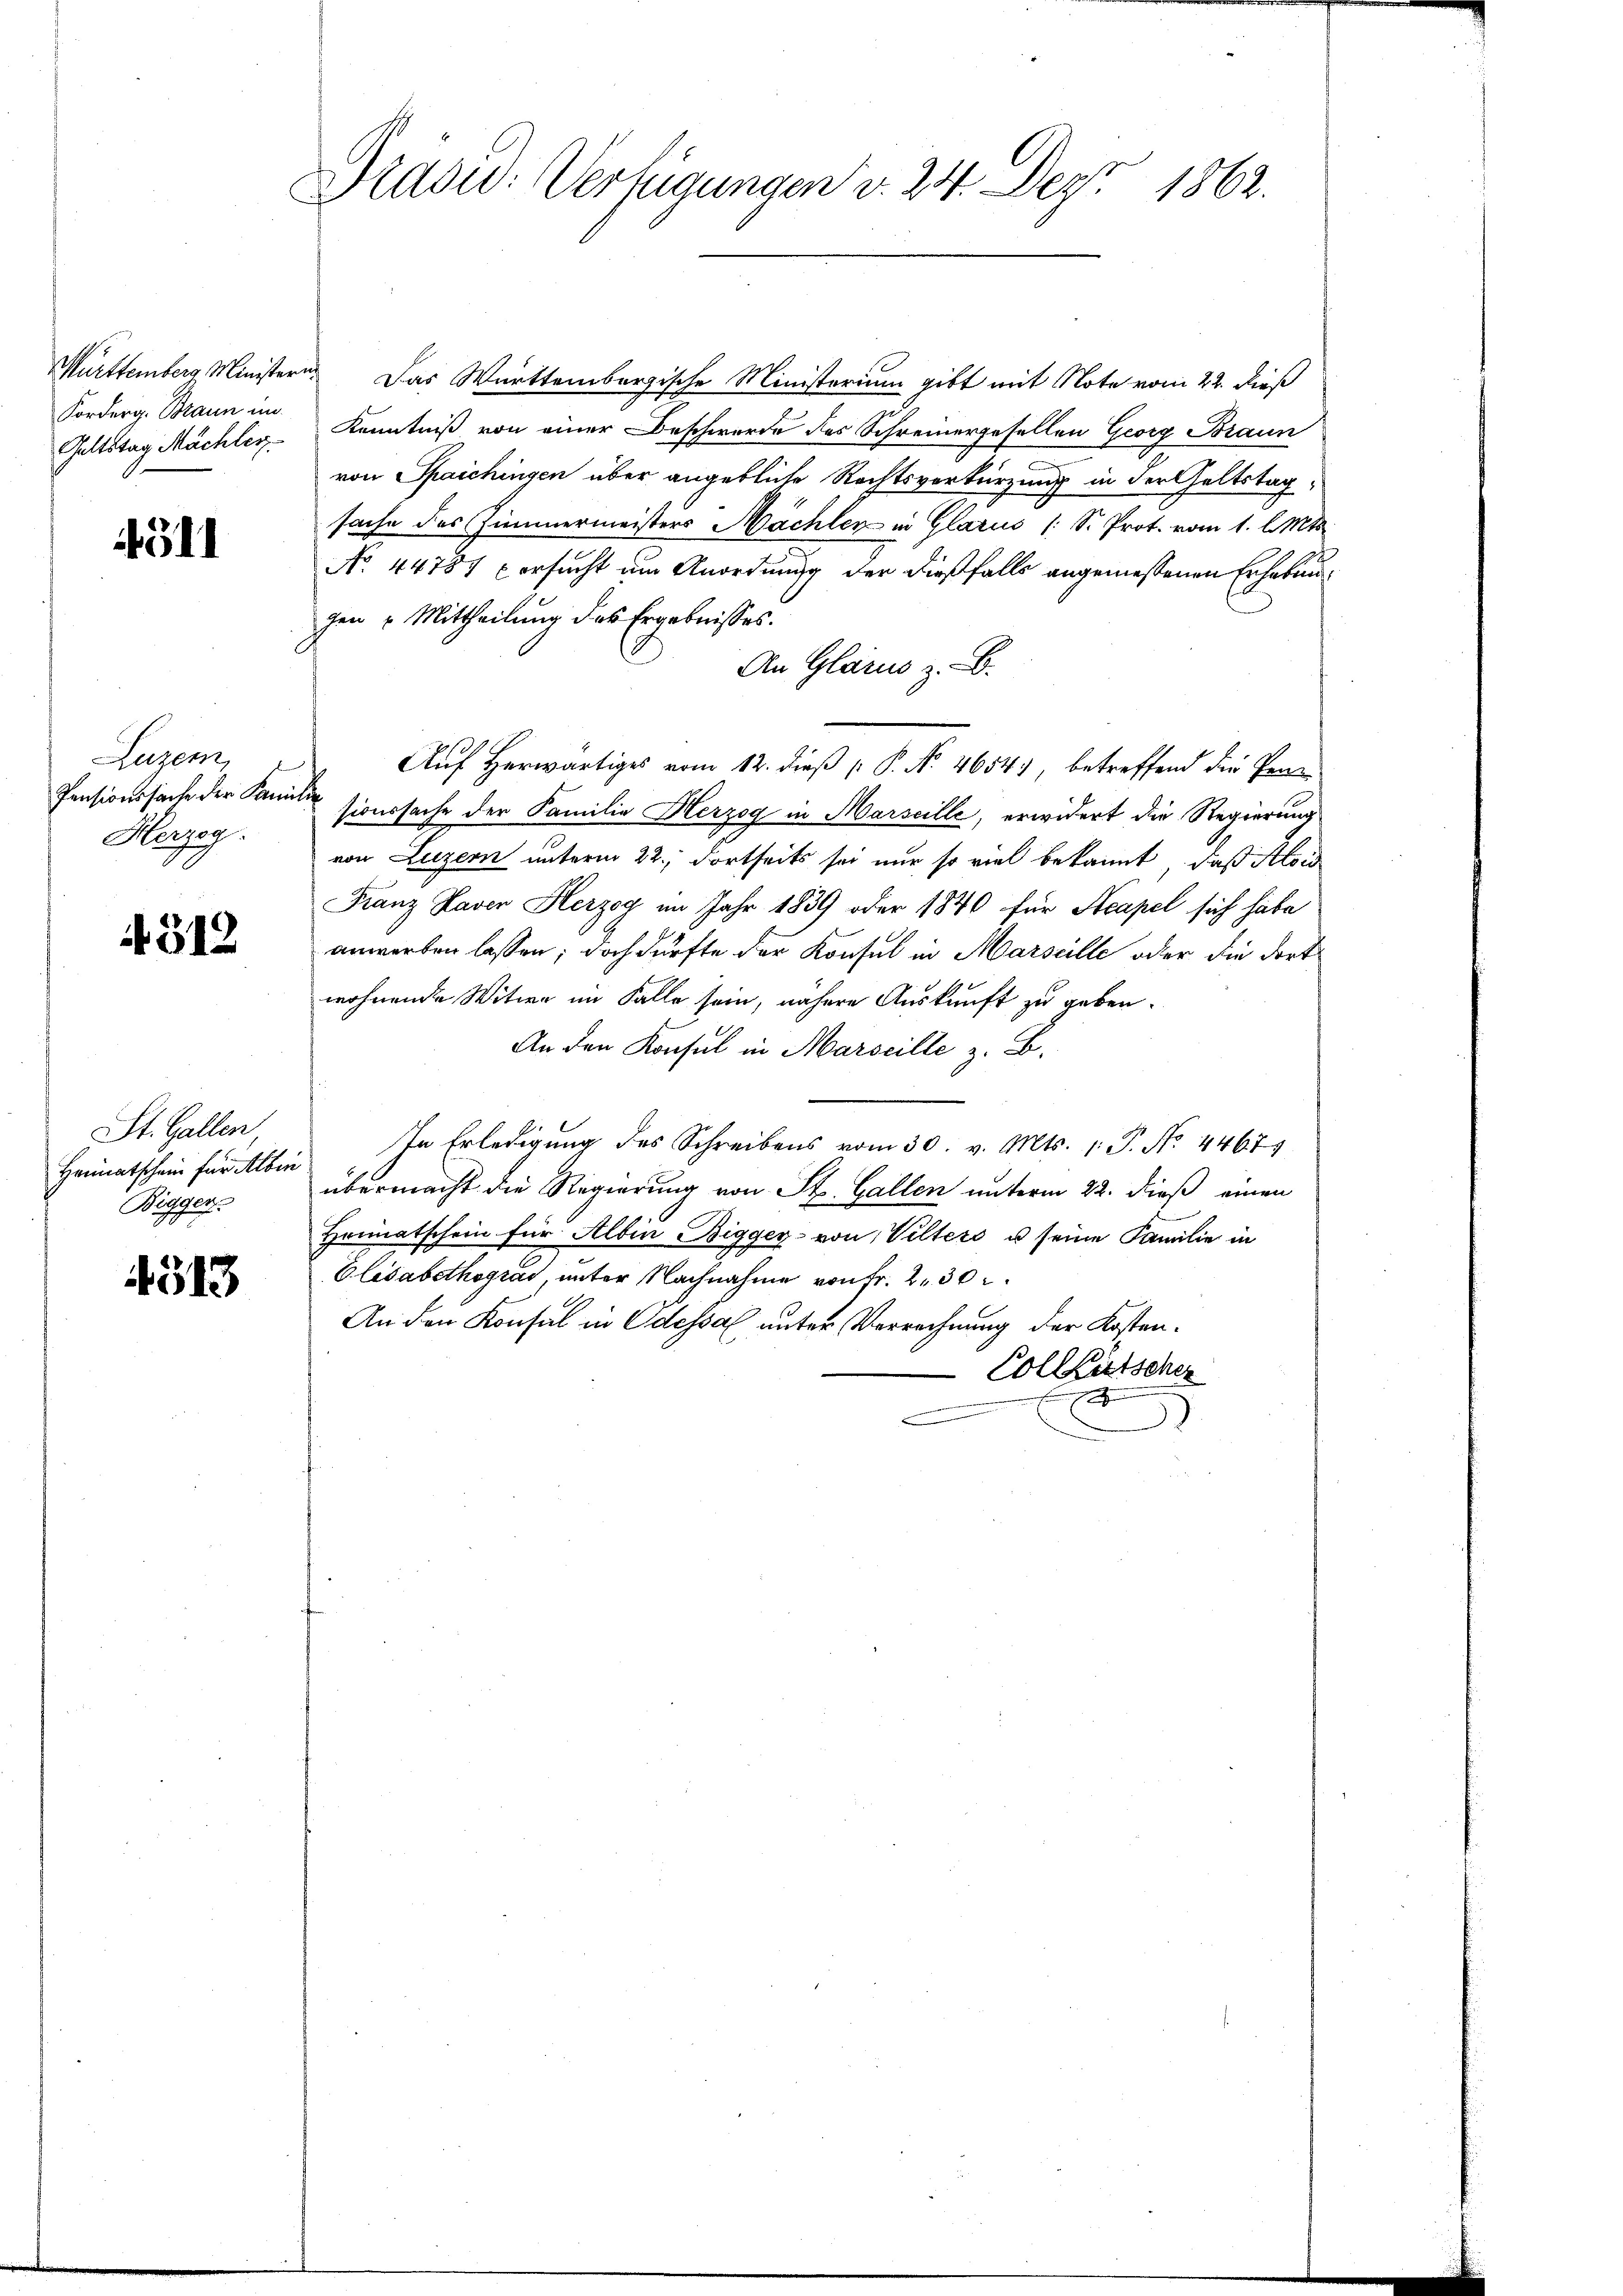
Galtstag Mächles

4311

Luzern,
Herzog.

312

St. Gallen,
Heimatschein für Albin
Bigger.

4313

Dradu: Verfügungen d. 24. Dez. 1862.

Mürttemberg Ministern. Das Württembergische Ministerium gibt mit Note vom 22. dieß
Forderg. Braun im Kenntniß von einer Beschwerde des Schreinergesellen Georg Braun
von Spaichingen über angebliche Rechtsverkürzung in der Geltstag,
sache des Zimmermeisters Mächler in Glarus (: S. Prot. vom 1. l. Mts.
No 44787 ersucht um Anordnung der dießfalls angemessenen Erhebun
gen u. Mittheilung des Ergebnisses.
An Glarus z. B.
Auf herwärtiges vom 12. dieß P. No. 4654), betreffend die Per
Pensionssache der Familie sicursache der Familie Herzog in Marseille, erwidert die Regierung
von Luzern unterm 22. dortseits sei nur so viel bekannt, daß Alois
Franz Laver Herzog im Jahr 1839 oder 1840 für Steapel sich habe
anwerben lassen; doch dürfte der Konsul in Marseille oder die dortwohnende Witwe im Falle sein, nähere Auskunft zu geben.
An den Konsul in Marseille z. B.
In Erledigung des Schreibens vom 30. v. Mts. 1. P. No. 4467
übermacht die Regierung von St. Gallen unterm 22. dieß einen
Heimatschein für Albin Bigger- von Vilters u seine Familie in
Elisabethogras, unter Nachnahme von Fr. 230.
An den Konsul in Odessal unter Verrechnung der Kosten¬
Collatscher